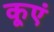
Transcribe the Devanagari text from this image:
कूएं